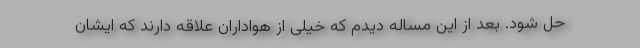
حل شود. بعد از این مساله دیدم که خیلی از هواداران علاقه دارند که ایشان